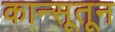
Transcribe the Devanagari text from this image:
कान्सूतून